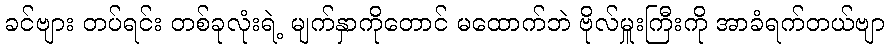
ခင်ဗျား တပ်ရင်း တစ်ခုလုံးရဲ့ မျက်နှာကိုတောင် မထောက်ဘဲ ဗိုလ်မှူးကြီးကို အာခံရက်တယ်ဗျာ